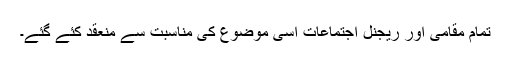
تمام مقامی اور ریجنل اجتماعات اسی موضوع کی مناسبت سے منعقد کئے گئے۔